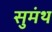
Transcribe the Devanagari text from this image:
सुमंथ